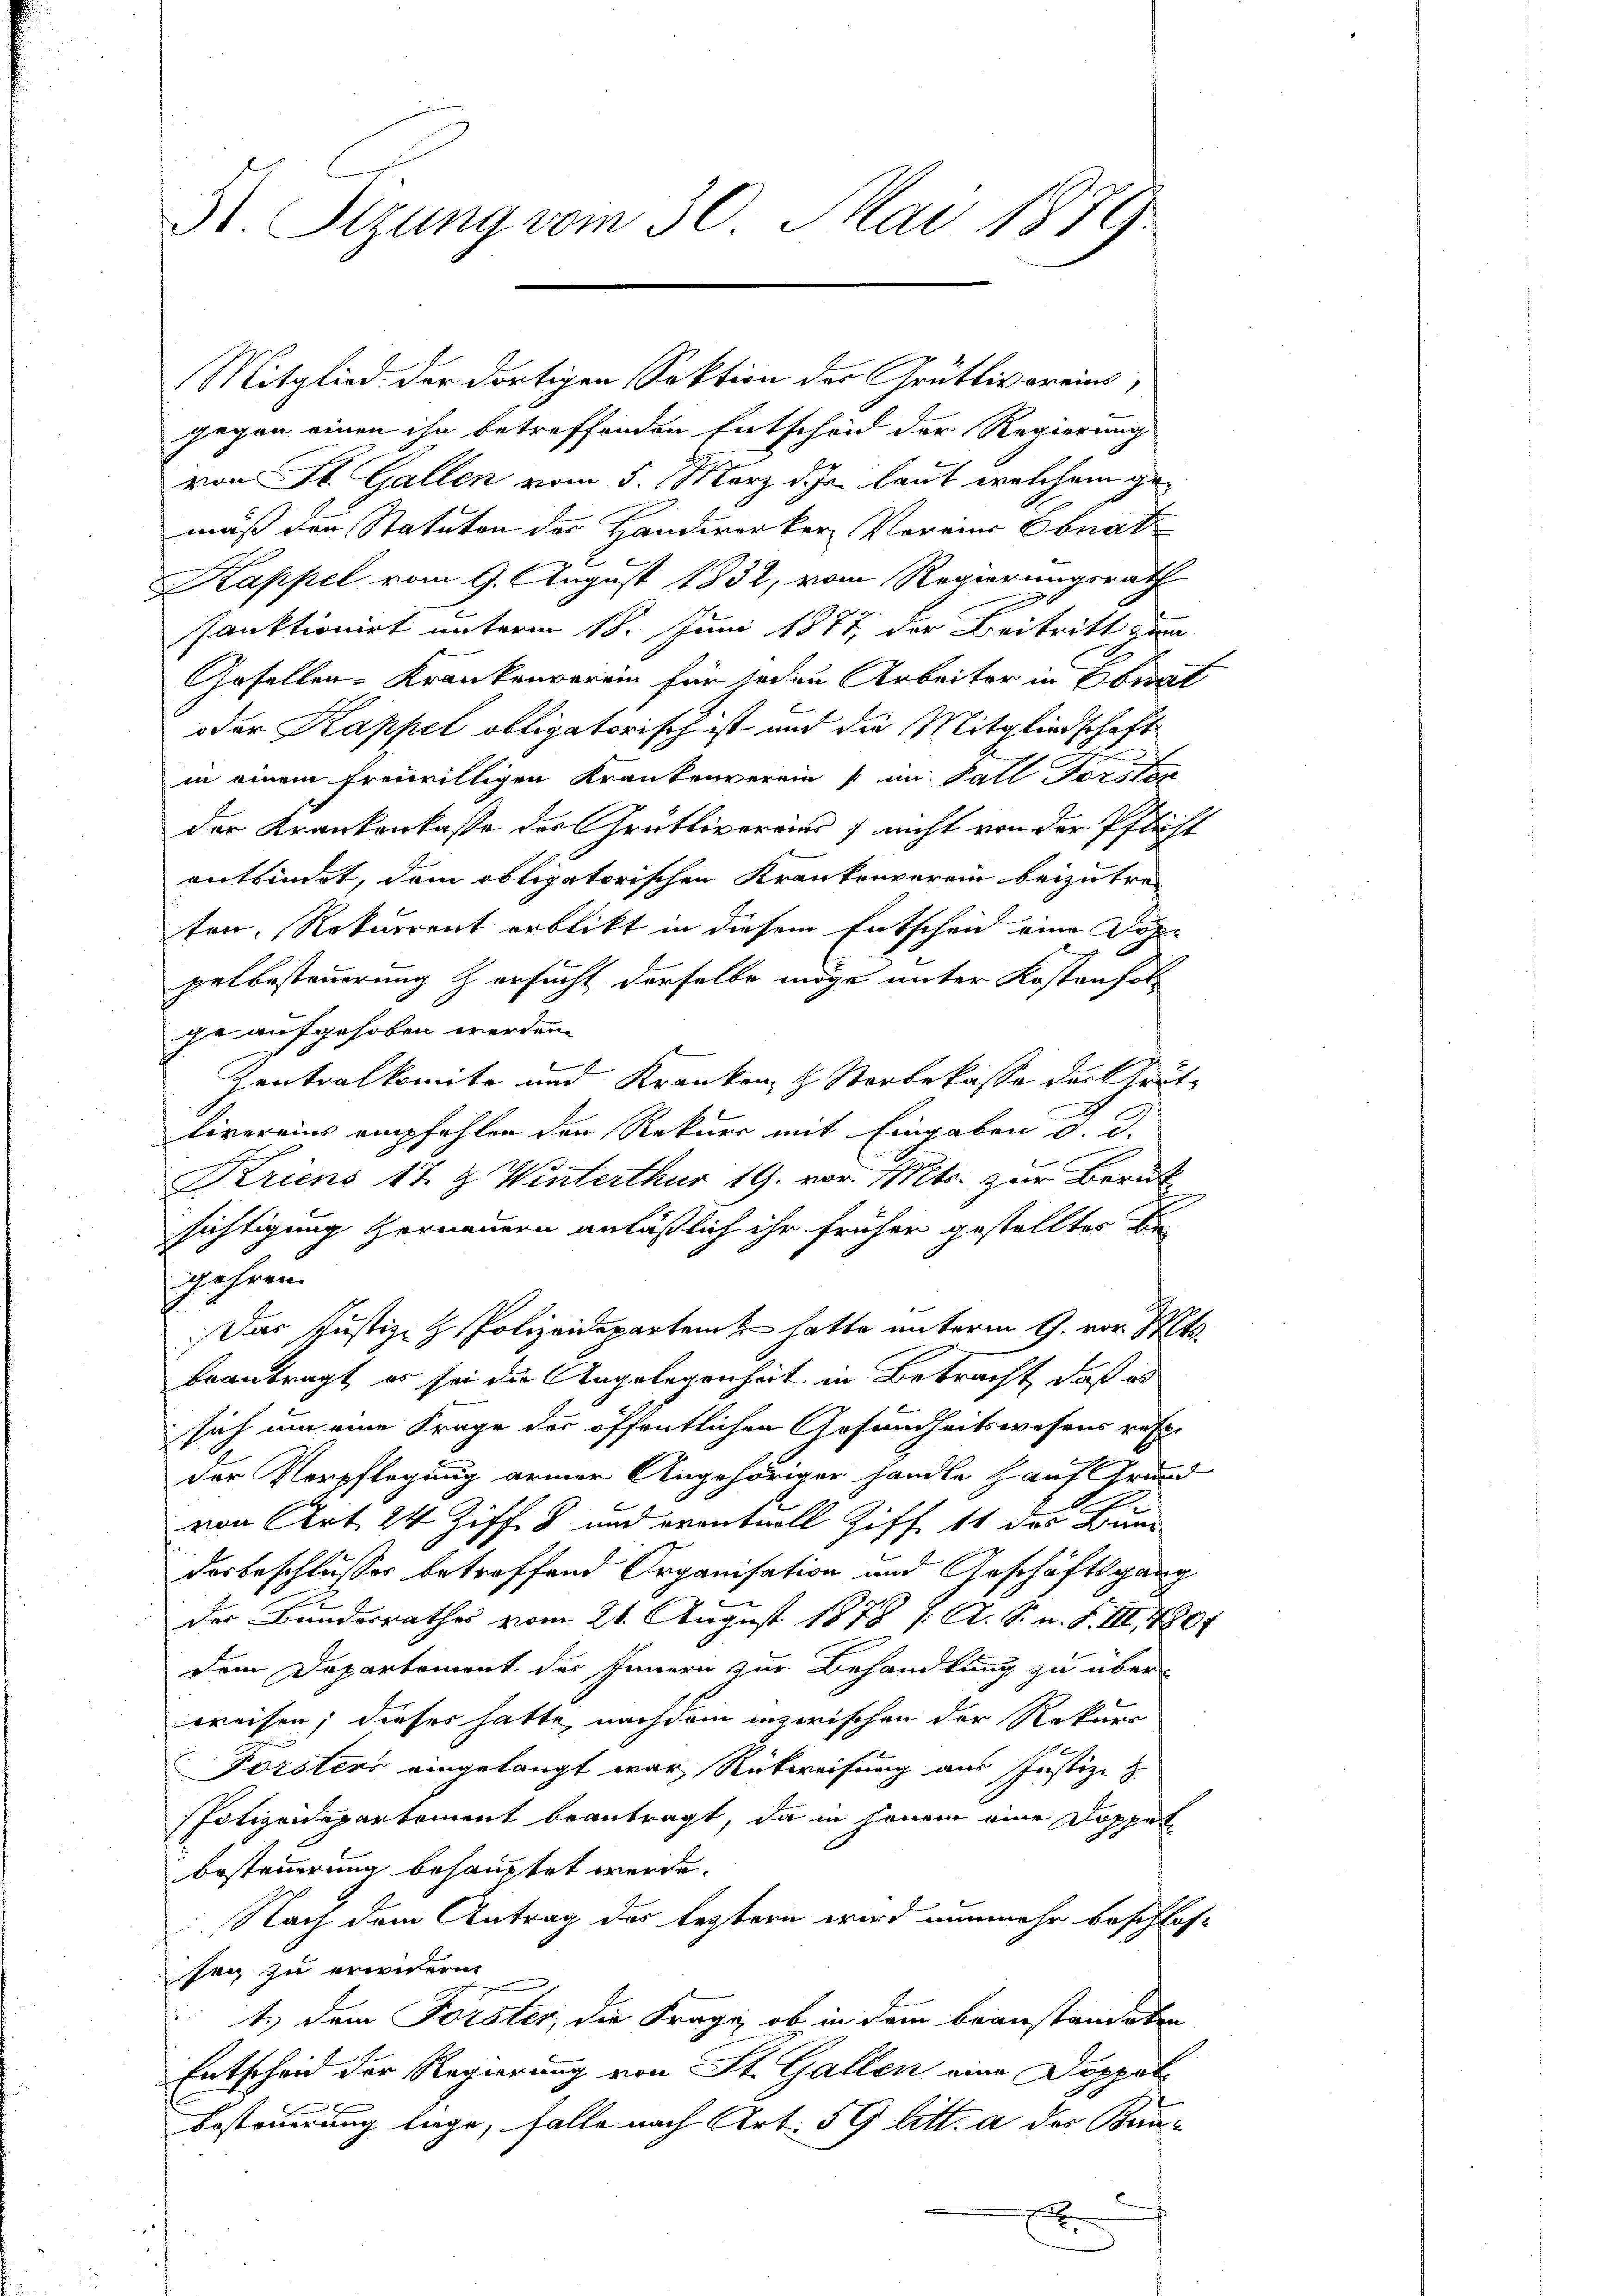
St. Sizung vom 30. Mai 1889

gegen einen ihn betreffenden Entscheid der Regierung
von St. Gallen vom 5. März d. Js. laut welchem gemäß den Statuten des Handwerker Verein Ebnat
Kappel vom 9. August 1832, vom Regierungsrath
sanktionirt unterm 18. Juni 1877, der Beitritt zum
Gesellen-Krankenverein für jeden Arbeiter in Obr
oder Kappel obligatorisch ist und die Mitgliedschaft
in einem freiwilligen Krankenverein im Fall Forsten
der Krankenkasse des Grütlivereins) nicht von der Pflicht
entbindet, dem obligatorischen Krankenverein beizutraten, Rekurrent erblickt in diesem Entscheid eine Doppelbesteuerung zersucht derselbe möge unter Kostenfolg
ge aufgehoben werden.
b
Zentralkomite und Kranken & Vorbekasse der Grüte
)
.
Livereins empfehlen den Rekurs mit Eingaben d. d.
Kriens 17. & Winterthur 19. vor. Mts. zur Beruft
sichtigung verneuern anläßlich ihr früher gestellter Begehren.
Das Justiz- & Polizeideparten hatte unterm 9. vor. Mts.
beantragt, es sei die Angelegenheit in Betracht, daß es
sich um eine Frage der öffentlichen Gesundheitswesens resp.
der Verpflegung armer Angehöriger handleh auf Grund
von Art. 24 Ziff. 8 und eventvoll Ziff. 11 des Bund
desbeschlusses betreffend Organisation und Geschäftsgang
der Bundesrathes vom 21. August 1878 / A. S. n. F. III, 1807
dem Departement des Innern zur Behandlung zu überweisen; dieses hatte, nach dem inzwischen der Rekurr
Forsters eingelangt war, Rückweisung aus Justiz- &
Polizeidepartement beantragt, da in jenem eine Doppelbesteuerung behauptet werde.
Nach dem Antrag des letztern wird nunmehr beschloss
sei zu erwidern.
t. den Forster, die Frage, ob in dem beanstandeten
Entscheid der Regierung von St. Gallen eine Doppel¬
Besteuerung lege, falle nach Art. 59 litt. a der Bau¬
6
.

Mitglied der dortigen Sektion des Grütlivereins,